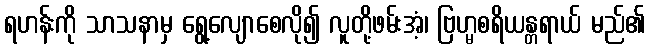
ရဟန်းကို သာသနာမှ ရွေ့လျောစေလို၍ လူတို့ဖမ်းအံ့၊ ဗြဟ္မစရိယန္တရာယ် မည်၏